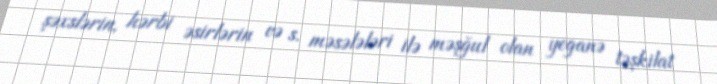
şəxslərin, hərbi əsirlərin və s. məsələləri ilə məşğul olan yeganə təşkilat